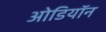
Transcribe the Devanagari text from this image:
ओडियॉन